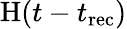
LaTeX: \mathrm{H}(t-t_{\mathrm{rec}})